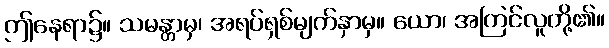
ဤနေရာ၌။ သမန္တာမှ၊ အရပ်ရှစ်မျက်နှာမှ။ ယော၊ အကြင်လူတို့၏။